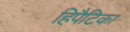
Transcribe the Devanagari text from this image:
हिपैटिका